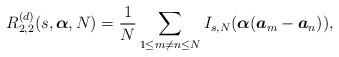
LaTeX: \begin{align*}R_{2,2}^{(d)}(s,\boldsymbol{\alpha},N)=\frac{1}{N}\displaystyle\sum_{1\leq m\neq n\leq N}I_{s,N}(\boldsymbol{\alpha}(\boldsymbol{a}_m-\boldsymbol{a}_n)),\end{align*}